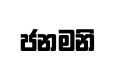
ජනමනි